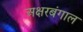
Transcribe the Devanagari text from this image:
अक्षरबंगाल